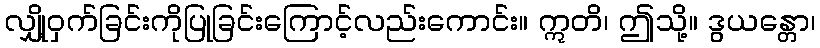
လျှို့ဝှက်ခြင်းကိုပြုခြင်းကြောင့်လည်းကောင်း။ ဣတိ၊ ဤသို့။ ဒွယန္တော၊